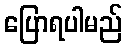
ပြောရပါမည်